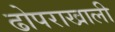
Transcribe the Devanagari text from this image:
ढोपराखाली